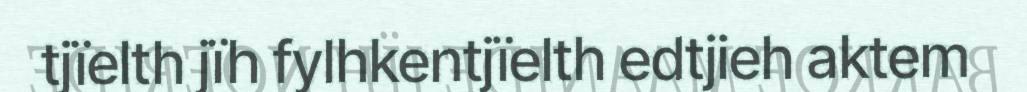
tjïelth jïh fylhkentjïelth edtjieh aktem